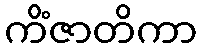
ကိံဇာတိကာ